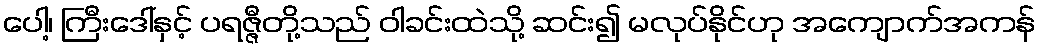
ပေါ့၊ ကြီးဒေါ်နှင့် ပရဇ္ဇီတို့သည် ဝါခင်းထဲသို့ ဆင်း၍ မလုပ်နိုင်ဟု အကျောက်အကန်